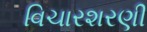
વિચારશરણી